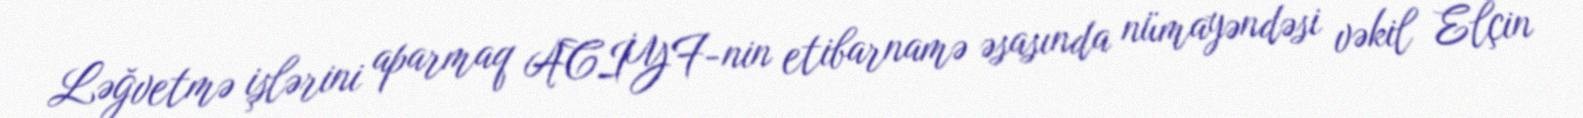
Ləğvetmə işlərini aparmaq ACİYF-nin etibarnamə əsasında nümayəndəsi vəkil Elçin